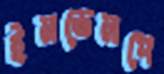
ইনভেলপে